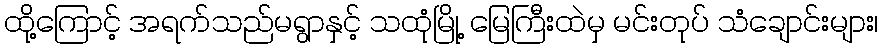
ထို့ကြောင့် အရက်သည်မရွာနှင့် သထုံမြို့ မြေကြီးထဲမှ မင်းတုပ် သံချောင်းများ၊